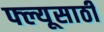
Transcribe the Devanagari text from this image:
फ्ल्यूसाठी